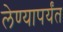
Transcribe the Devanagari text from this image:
लेण्यापर्यंत